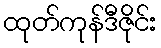
ထုတ်ကုန်ဒီဇိုင်း